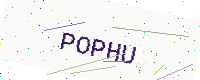
Text: POPHU